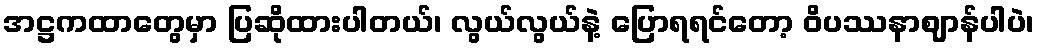
အဋ္ဌကထာတွေမှာ ပြဆိုထားပါတယ်၊ လွယ်လွယ်နဲ့ ပြောရရင်တော့ ဝိပဿနာဈာန်ပါပဲ၊